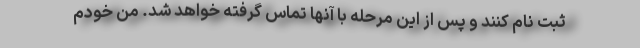
ثبت نام کنند و پس از این مرحله با آنها تماس گرفته خواهد شد. من خودم